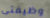
وظيفتى